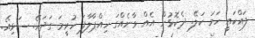
ފައްކައީ ހަމަ ކަލޭ. ދެކޮޅުން އެއް ވާނެއްގަ ހިއްޕާލާފަ ހުރީމަ ގަދައޭ. ސަޅިއޭ.